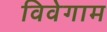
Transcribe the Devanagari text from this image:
विवेगाम